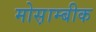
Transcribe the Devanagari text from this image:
मोस़ाम्बीक